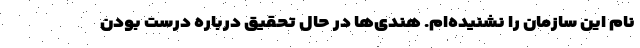
نام این سازمان را نشنیده‌ام. هندی‌ها در حال تحقیق درباره درست بودن